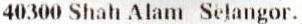
40300 SHAH ALAM, SELANGOR.